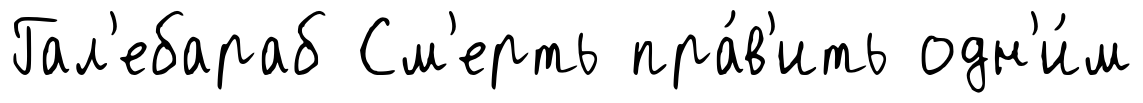
Гал'ебараб См'ерть пра́в'ить одн'и́м